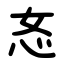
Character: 㣽